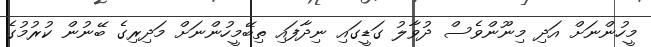
މީހުންނަށް އަދި މިނޫންވެސް ދުވާލު ގަޑީގައި ނިދާފައި ތިބޭމީހުންނަށް މަދިރިގެ ބޭނުން ކުރުމުގެ